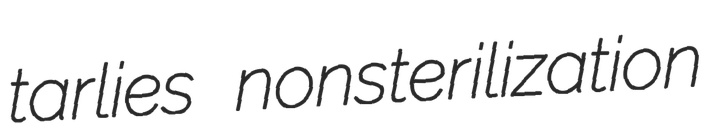
tarlies nonsterilization